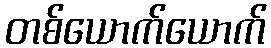
တစ်ယောက်ယောက်